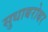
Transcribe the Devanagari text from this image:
सुधाबरोबर